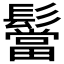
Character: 𮫒